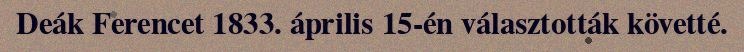
Deák Ferencet 1833. április 15-én választották követté.